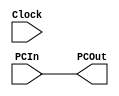
`timescale 1ns / 1ps
module ProgramCounter(Clock, PCIn, PCOut);
	 input Clock;
	 input [63:0] PCIn;
	 output [63:0] PCOut;
	 
	 assign PCOut = PCIn;
endmodule